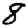
Digit: 8